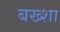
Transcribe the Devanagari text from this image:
बख्‍शा